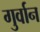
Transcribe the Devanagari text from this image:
गुर्वान